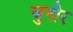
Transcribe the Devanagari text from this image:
जुनोर